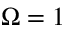
\Omega = 1